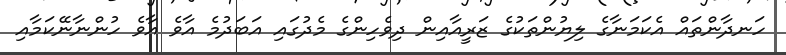
ހަނދާންތައް އެކަމަނާގެ ލިޔުންތަކުގެ ޒަރީއާއިން ދިވެހިންގެ މެދުގައި އަބަދުމެ އާވެ އާވެ ހުންނާނޭކަމާއި